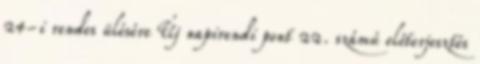
24-i rendes ülésére Új napirendi pont 22. számú előterjesztés